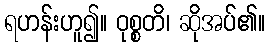
ရဟန်းဟူ၍။ ဝုစ္စတိ၊ ဆိုအပ်၏။